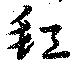
缸